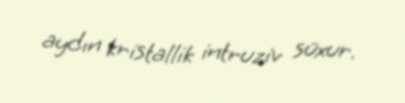
aydın kristallik intruziv süxur.